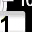
Digit: 1